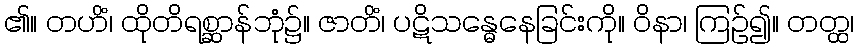
၏။ တဟိံ၊ ထိုတိရစ္ဆာန်ဘုံ၌။ ဇာတိံ၊ ပဋိသန္ဓေနေခြင်းကို။ ဝိနာ၊ ကြဉ်၍။ တတ္ထ၊